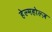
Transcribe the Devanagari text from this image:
हेल्महोल्ज़